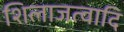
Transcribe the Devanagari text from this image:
शिलाजत्वादि